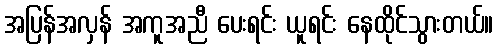
အပြန်အလှန် အကူအညီ ပေးရင်း ယူရင်း နေထိုင်သွားတယ်။